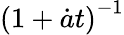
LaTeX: \left(1+\dot{a}t\right)^{-1}